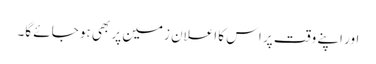
اور اپنے وقت پر اس کا اعلان زمین پر بھی ہو جائے گا۔